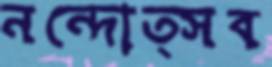
নন্দোত্সব